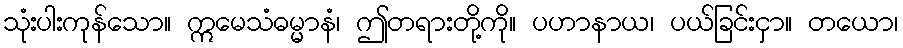
သုံးပါးကုန်သော။ ဣမေသံဓမ္မာနံ၊ ဤတရားတို့ကို။ ပဟာနာယ၊ ပယ်ခြင်းငှာ။ တယော၊